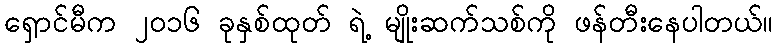
ရှောင်မီက ၂၀၁၆ ခုနှစ်ထုတ် ရဲ့ မျိုးဆက်သစ်ကို ဖန်တီးနေပါတယ်။